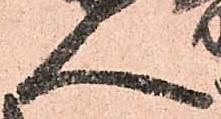
人